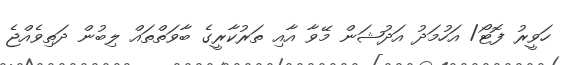
ހަވީރު ފޮޓޯ/ އަހުމަދު އަދުޝަން މޭވާ އާއި ތަރުކާރީގެ ބާވަތްތައް ލިބުން ދަތިވެއްޖެ